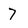
Character: 7